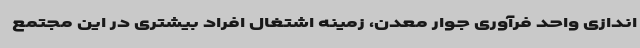
اندازی واحد فرآوری جوار معدن، زمینه اشتغال افراد بیشتری در این مجتمع